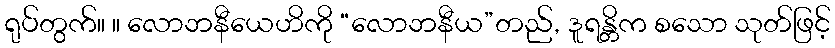
ရုပ်တွက်။ ။ လောဘနီယေဟိကို “လောဘနီယ”တည်, ဒူရန္တိက စသော သုတ်ဖြင့်